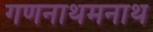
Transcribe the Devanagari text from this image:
गणनाथमनाथ